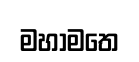
මහාමතෙ